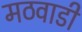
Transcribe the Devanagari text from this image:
मठवाडी